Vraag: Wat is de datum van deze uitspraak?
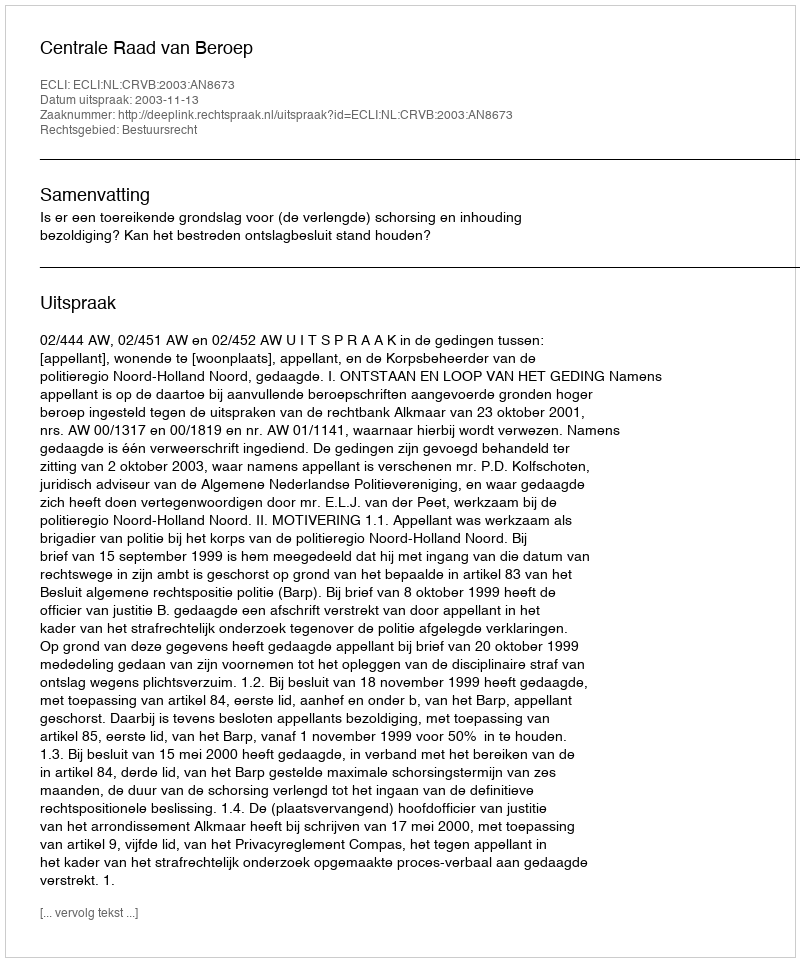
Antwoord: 2003-11-13